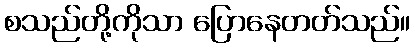
စသည်တို့ကိုသာ ပြောနေတတ်သည်။